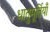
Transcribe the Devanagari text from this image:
धातुमूर्तियाँ